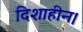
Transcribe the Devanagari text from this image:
दिशाहीन।